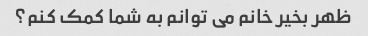
ظهر بخیر خانم می توانم به شما کمک کنم؟